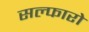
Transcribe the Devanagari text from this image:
सल्फारो